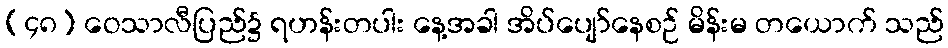
(၄၈) ဝေသာလီပြည်၌ ရဟန်းတပါး နေ့အခါ အိပ်ပျော်နေစဉ် မိန်းမ တယောက် သည်